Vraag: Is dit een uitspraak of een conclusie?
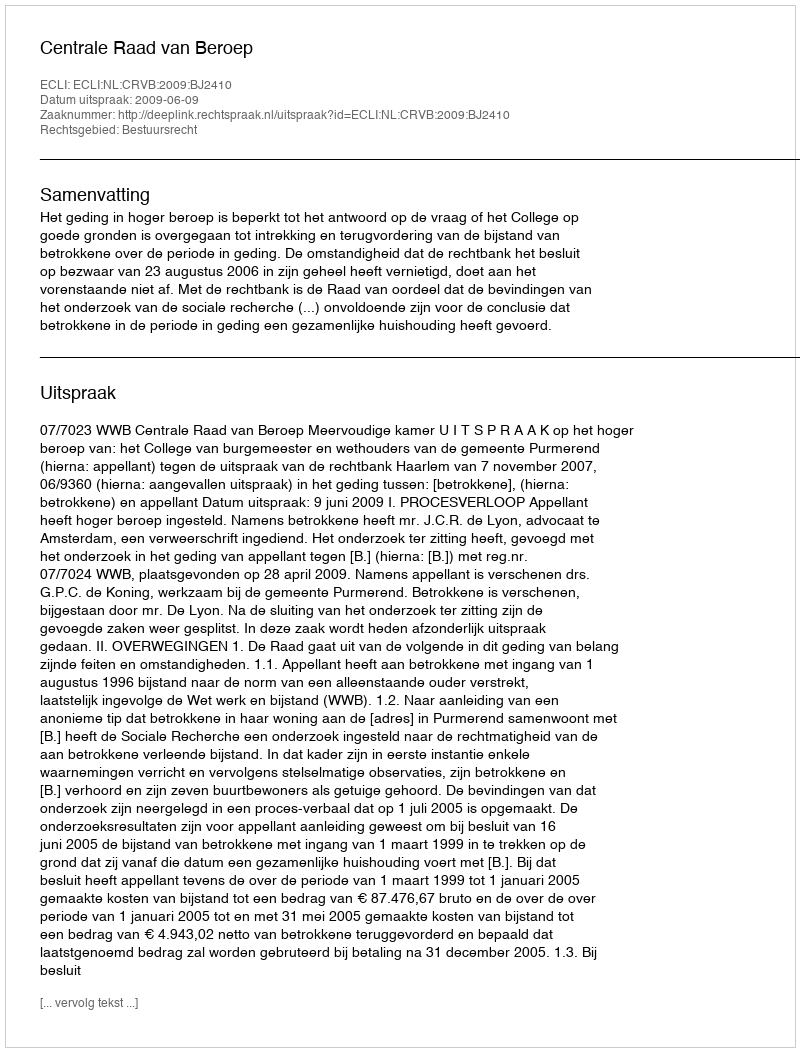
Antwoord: Uitspraak